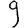
Digit: 9